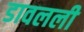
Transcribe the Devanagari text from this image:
डावलली